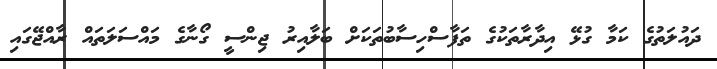
ދައުލަތުގެ ކަމާ ގުޅޭ އިދާރާތަކުގެ ތަފާސްހިސާބުތަކަށް ބަލާއިރު ޖިންސީ ގޯނާގެ މައްސަލަތައް ރާއްޖޭގައި